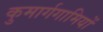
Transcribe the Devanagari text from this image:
कुमार्गगामियों